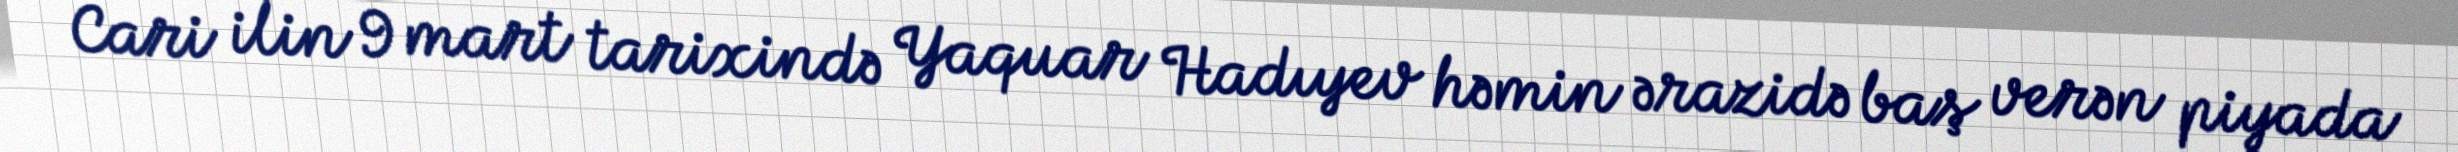
Cari ilin 9 mart tarixində Yaquar Hadıyev həmin ərazidə baş verən piyada